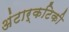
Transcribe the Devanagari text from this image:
अंटार्कटिकी